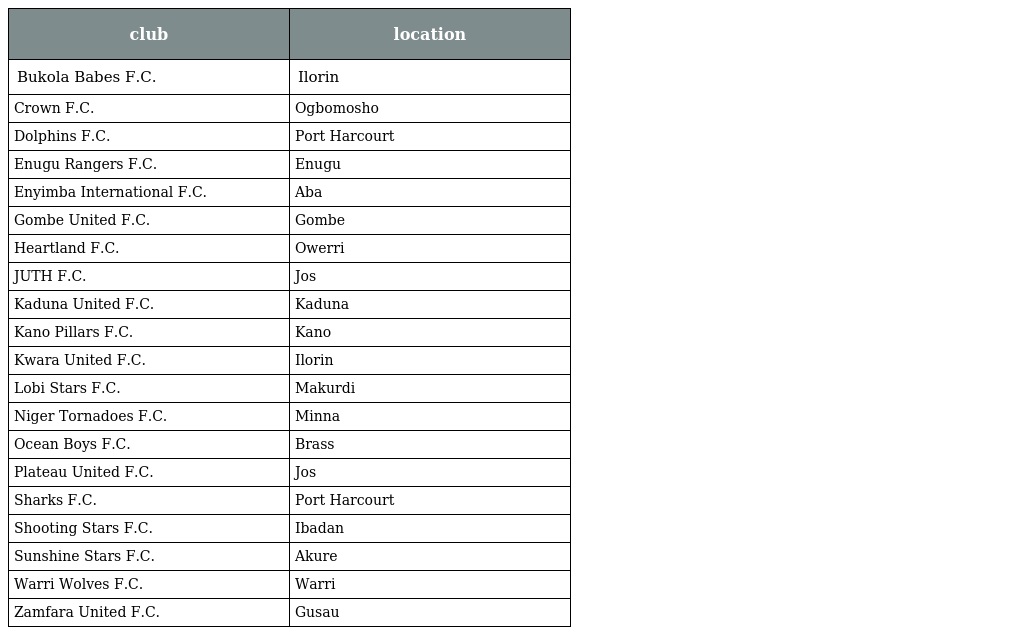
| club | location |
 | --- | --- |
 | Bukola Babes F.C. | Ilorin |
 | Crown F.C. | Ogbomosho |
 | Dolphins F.C. | Port Harcourt |
 | Enugu Rangers F.C. | Enugu |
 | Enyimba International F.C. | Aba |
 | Gombe United F.C. | Gombe |
 | Heartland F.C. | Owerri |
 | JUTH F.C. | Jos |
 | Kaduna United F.C. | Kaduna |
 | Kano Pillars F.C. | Kano |
 | Kwara United F.C. | Ilorin |
 | Lobi Stars F.C. | Makurdi |
 | Niger Tornadoes F.C. | Minna |
 | Ocean Boys F.C. | Brass |
 | Plateau United F.C. | Jos |
 | Sharks F.C. | Port Harcourt |
 | Shooting Stars F.C. | Ibadan |
 | Sunshine Stars F.C. | Akure |
 | Warri Wolves F.C. | Warri |
 | Zamfara United F.C. | Gusau |